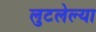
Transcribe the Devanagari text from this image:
लुटलेल्या